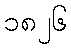
၁၈၂၆